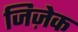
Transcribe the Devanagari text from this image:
जिज़ेक